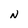
Character: N